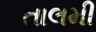
તાલમી